Civil Veterinary Department. Madras. Admin. report 1926-33 - 1926-1933
Year: 1926
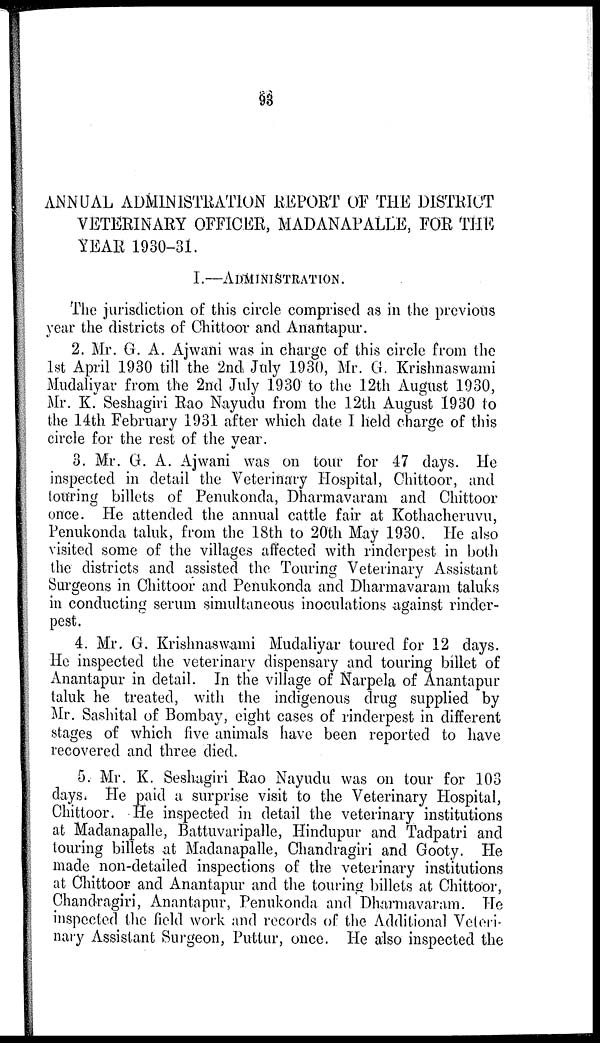
93
ANNUAL ADMINISTRATION REPORT OF THE DISTRICT
VETERINARY OFFICER, MADANAPALLE, FOR THE
YEAR 1930-31.
I.—ADMINSTRATION.
The jurisdiction of this circle comprised as in the previous
year the districts of Chittoor and Anantapur.
2. Mr. G. A. Ajwani was in charge of this circle from the
1st April 1930 till the 2nd July 1930, Mr. G. Krishnaswami
Mudaliyar from the 2nd July 1930 to the 12th August 1930,
Mr. K. Seshagiri Rao Nayudu from the 12th August 1930 to
the 14th February 1931 after which date I held charge of this
circle for the rest of the year.
3. Mr. G. A. Ajwani was on tour for 47 days. He
inspected in detail the Veterinary Hospital, Chittoor, and
touring billets of Penukonda, Dharmavaram and Chittoor
once. He attended the annual cattle fair at Kothacheruvu,
Penukonda taluk, from the 18th to 20th May 1930. He also
visited some of the villages affected with rinderpest in both
the districts and assisted the Touring Veterinary Assistant
Surgeons in Chittoor and Penukonda and Dharmavaram taluks
in conducting serum simultaneous inoculations against rinder-
pest.
4. Mr. G. Krishnaswami Mudaliyar toured for 12 days.
He inspected the veterinary dispensary and touring billet of
Anantapur in detail. In the village of Narpela of Anantapur
taluk he treated, with the indigenous drug supplied by
Mr. Sashital of Bombay, eight cases of rinderpest in different
stages of which five animals have been reported to have
recovered and three died.
5. Mr. K. Seshagiri Rao Nayudu was on tour for 103
days. He paid a surprise visit to the Veterinary Hospital,
Chittoor. He inspected in detail the veterinary institutions
at Madanapalle, Battuvaripalle, Hindupur and Tadpatri and
touring billets at Madanapalle, Chandragiri and Gooty. He
made non-detailed inspections of the veterinary institutions
at Chittoor and Anantapur and the touring billets at Chittoor,
Chandragiri, Anantapur, Penukonda and Dharmavaram. He
inspected the field work and records of the Additional Veteri-
nary Assistant Surgeon, Puttur, once. He also inspected the